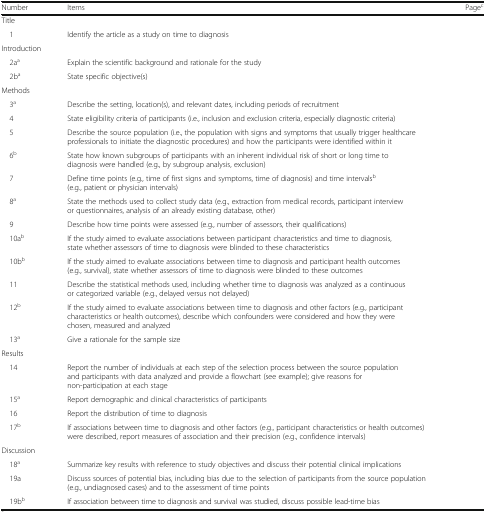
<table><thead><tr><td><b>Number</b></td><td><b>Items</b></td><td><b>Page<sup>c</sup></b></td></tr></thead><tbody><tr><td colspan="3">Title</td></tr><tr><td> 1</td><td>Identify the article as a study on time to diagnosis</td><td></td></tr><tr><td colspan="3">Introduction</td></tr><tr><td> 2a<sup>a</sup></td><td>Explain the scientific background and rationale for the study</td><td></td></tr><tr><td> 2b<sup>a</sup></td><td>State specific objective(s)</td><td></td></tr><tr><td colspan="3">Methods</td></tr><tr><td> 3<sup>a</sup></td><td>Describe the setting, location(s), and relevant dates, including periods of recruitment</td><td></td></tr><tr><td> 4</td><td>State eligibility criteria of participants (i.e., inclusion and exclusion criteria, especially diagnostic criteria)</td><td></td></tr><tr><td> 5</td><td>Describe the source population (i.e., the population with signs and symptoms that usually trigger healthcare professionals to initiate the diagnostic procedures) and how the participants were identified within it</td><td></td></tr><tr><td> 6<sup>b</sup></td><td>State how known subgroups of participants with an inherent individual risk of short or long time to diagnosis were handled (e.g., by subgroup analysis, exclusion)</td><td></td></tr><tr><td> 7</td><td>Define time points (e.g., time of first signs and symptoms, time of diagnosis) and time intervals<sup>b</sup> (e.g., patient or physician intervals)</td><td></td></tr><tr><td> 8<sup>a</sup></td><td>State the methods used to collect study data (e.g., extraction from medical records, participant interview or questionnaires, analysis of an already existing database, other)</td><td></td></tr><tr><td> 9</td><td>Describe how time points were assessed (e.g., number of assessors, their qualifications)</td><td></td></tr><tr><td> 10a<sup>b</sup></td><td>If the study aimed to evaluate associations between participant characteristics and time to diagnosis, state whether assessors of time to diagnosis were blinded to these characteristics</td><td></td></tr><tr><td> 10b<sup>b</sup></td><td>If the study aimed to evaluate associations between time to diagnosis and participant health outcomes (e.g., survival), state whether assessors of time to diagnosis were blinded to these outcomes</td><td></td></tr><tr><td> 11</td><td>Describe the statistical methods used, including whether time to diagnosis was analyzed as a continuous or categorized variable (e.g., delayed versus not delayed)</td><td></td></tr><tr><td> 12<sup>b</sup></td><td>If the study aimed to evaluate associations between time to diagnosis and other factors (e.g., participant characteristics or health outcomes), describe which confounders were considered and how they were chosen, measured and analyzed</td><td></td></tr><tr><td> 13<sup>a</sup></td><td>Give a rationale for the sample size</td><td></td></tr><tr><td colspan="3">Results</td></tr><tr><td> 14</td><td>Report the number of individuals at each step of the selection process between the source population and participants with data analyzed and provide a flowchart (see example); give reasons for non-participation at each stage</td><td></td></tr><tr><td> 15<sup>a</sup></td><td>Report demographic and clinical characteristics of participants</td><td></td></tr><tr><td> 16</td><td>Report the distribution of time to diagnosis</td><td></td></tr><tr><td> 17<sup>b</sup></td><td>If associations between time to diagnosis and other factors (e.g., participant characteristics or health outcomes) were described, report measures of association and their precision (e.g., confidence intervals)</td><td></td></tr><tr><td colspan="3">Discussion</td></tr><tr><td> 18<sup>a</sup></td><td>Summarize key results with reference to study objectives and discuss their potential clinical implications</td><td></td></tr><tr><td> 19a</td><td>Discuss sources of potential bias, including bias due to the selection of participants from the source population (e.g., undiagnosed cases) and to the assessment of time points</td><td></td></tr><tr><td> 19b<sup>b</sup></td><td>If association between time to diagnosis and survival was studied, discuss possible lead-time bias</td><td></td></tr></tbody></table>